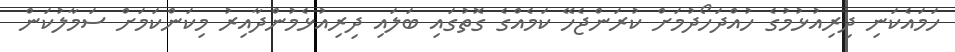
ހަމައެކަނި ދިރިއުޅުމުގެ ހުއްދަހޯދުމަށް ކުރަންޖެހޭ ކަމެއްގެ ގޮތުގައި ބަލައި ދިރިއުޅެމުންދާއިރު މިކަންކަމަށް ސަމާލުކަން